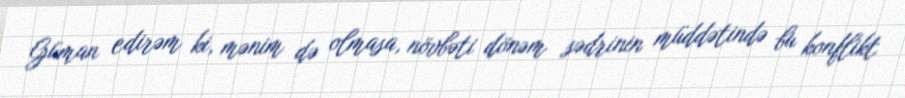
Güman edirəm ki, mənim də olmasa, növbəti dönəm sədrinin müddətində bu konflikt